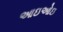
આઇઓઇ